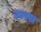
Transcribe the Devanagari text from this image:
उलघ